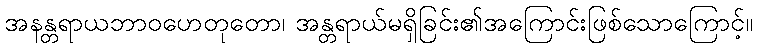
အနန္တရာယဘာဝဟေတုတော၊ အန္တရာယ်မရှိခြင်း၏အကြောင်းဖြစ်သောကြောင့်။